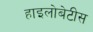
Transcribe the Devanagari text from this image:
हाइलोबेटीस